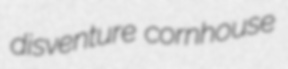
disventure cornhouse